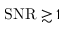
\mathrm { S N R } \gtrsim 1